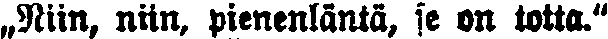
„Niin, niin, pienenläntä, se on totta."